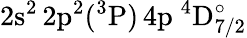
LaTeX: \mathrm{2s^{2}\, 2p^{2}(^{3}P)\, 4p~^{4}D_{7/2}^{\circ}}